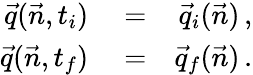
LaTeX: \begin{array}{rlr}{\vec{q}(\vec{n},t_{i})}&{{}=}&{\vec{q}_{i}(\vec{n})\, ,}\\ {\vec{q}(\vec{n},t_{f})}&{{}=}&{\vec{q}_{f}(\vec{n})\, .}\end{array}